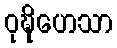
ဝုဍ္ဎိဟေသာ